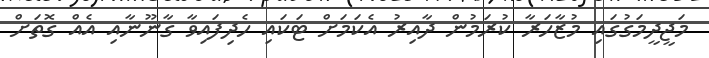
މަޖީދީމަގުގައި މުޒާހަރާ ކުރަމުން ދާއިރު އެކަމަށް ޓަަކައި ހެދިފައިވާ ގާނޫނާއި އެއް ގޮތަށް